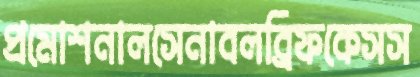
প্রমোশনালসেনাবলব্রিফকেসস